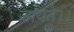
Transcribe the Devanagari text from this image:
जायते।।